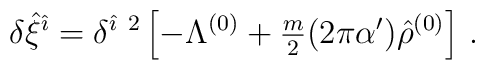
\delta\hat{\xi}^{\hat{\imath}}=\delta^{\hat{\imath}\ 2}\left[-\Lambda^{(0)} +{\textstyle\frac{m}{2}}(2\pi\alpha^{\prime})\hat{\rho}^{(0)} \right]\, .